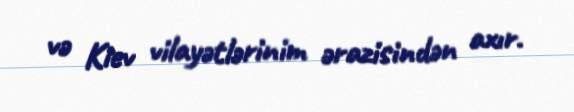
və Kiev vilayətlərinim ərazisindən axır.